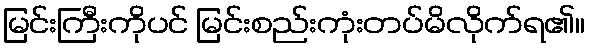
မြင်းကြီးကိုပင် မြင်းစည်းကုံးတပ်မိလိုက်ရ၏။